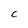
Character: C